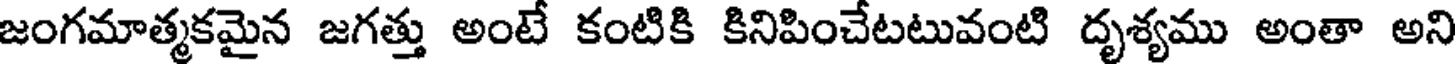
జంగమాత్మకమైన జగత్తు అంటే కంటికి కినిపించేటటువంటి దృశ్యము అంతా అని